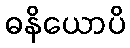
ဓနိယောပိ